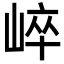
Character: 崪